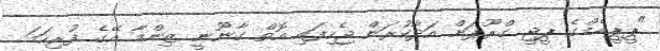
"ޕީޕީއެމްގެ ޕީޖީ ގްރޫޕަށް އަދާކުރަން ޖެހިފައި އޮތް ގާނޫނީ ޒިންމާ އޭގެ ފުރިހަމަ